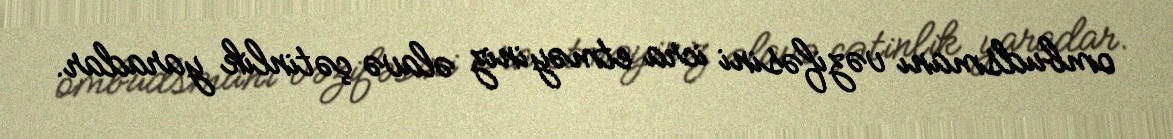
ombudsmanı vəzifəsini icra etməyiniz əlavə çətinlik yaradar.